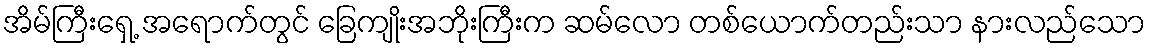
အိမ်ကြီးရှေ့ အရောက်တွင် ခြေကျိုးအဘိုးကြီးက ဆမ်လော တစ်ယောက်တည်းသာ နားလည်သော